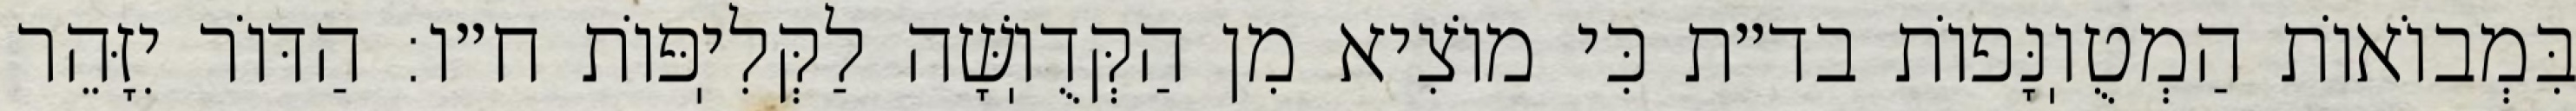
בִּמְבוֹאוֹת הַמְטֻוֽנָּפוֹת בד״ת כִּי מוֹצִיא מִן הַקְּדֻוֽשָּׁה לַקְּלִיֽפּוֹת ח״ו: הַדּוֹר יִזָּהֵר